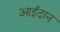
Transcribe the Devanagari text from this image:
आईदान